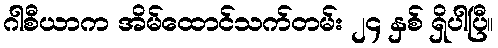
ဂါစီယာက အိမ်ထောင်သက်တမ်း ၂၄ နှစ် ရှိပါပြီ။